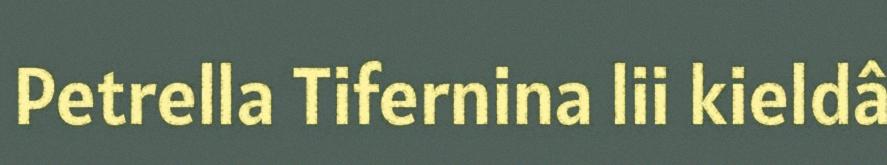
Petrella Tifernina lii kieldâ